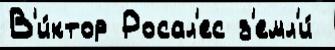
В'и́ктор Росал'ес з'емл'и́